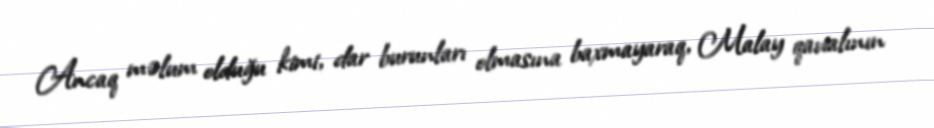
Ancaq məlum olduğu kimi, dar burunları olmasına baxmayaraq, Malay qavialının